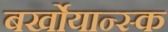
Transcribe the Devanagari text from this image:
बर्खोयान्स्क